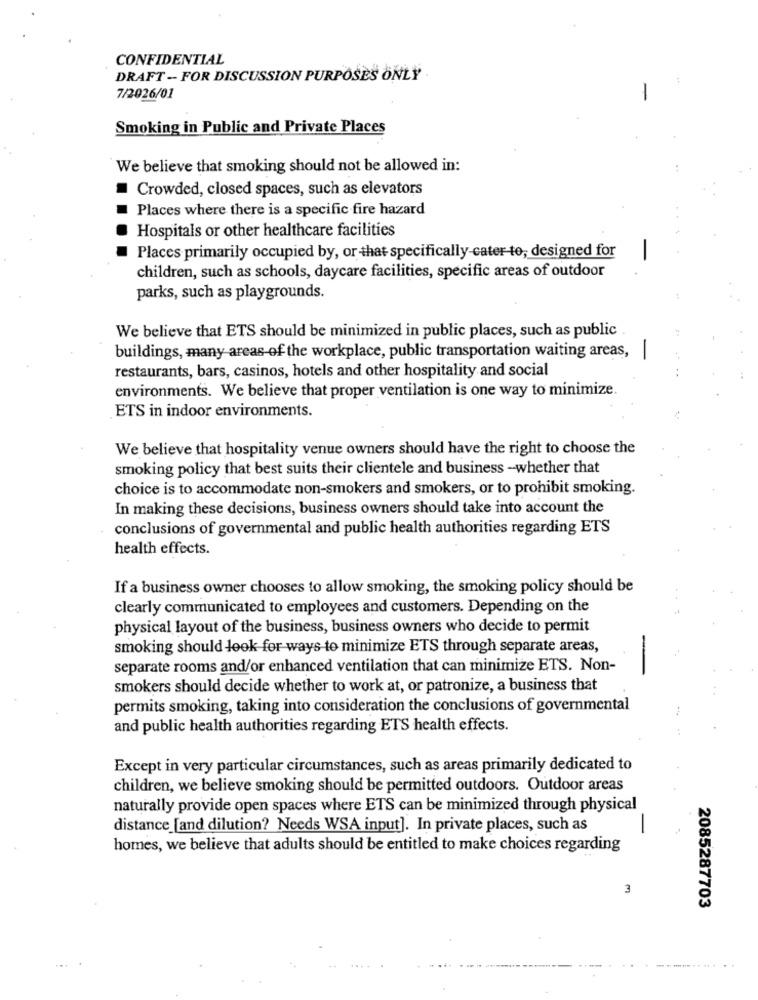
CONFIDENTIAL
DRAFT - FOR DISCUSSION PURPOSES ONLY
7/2026/01
Smoking in Public and Private Places
We believe that smoking should not be allowed in:
Crowded, closed spaces, such as elevators
Places where there is a specific fire hazard
Hospitals or other healthcare facilities
-
Places primarily occupied by, or that specifically-cater to, designed for
children, such as schools, daycare facilities, specific areas of outdoor
parks, such as playgrounds.
We believe that ETS should be minimized in public places, such as public
buildings, many areas of the workplace, public transportation waiting areas,|
restaurants, bars, casinos, hotels and other hospitality and social
environments. We believe that proper ventilation is one way to minimize.
ETS in indoor environments.
We believe that hospitality venue owners should have the right to choose the
smoking policy that best suits their clientele and business -whether that
choice is to accommodate non-smokers and smokers, or to prohibit smoking.
In making these decisions, business owners should take into account the
conclusions of governmental and public health authorities regarding ETS
health effects.
If a business owner chooses to allow smoking, the smoking policy should be
clearly communicated to employees and customers. Depending on the
physical layout of the business, business owners who decide to permit
smoking should look for ways to minimize ETS through separate areas,
-
separate rooms and/or enhanced ventilation that can minimize ETS. Non-
smokers should decide whether to work at, or patronize, a business that
permits smoking, taking into consideration the conclusions of governmental
and public health authorities regarding ETS health effects.
Except in very particular circumstances, such as areas primarily dedicated to
children, we believe smoking should be permitted outdoors. Outdoor areas
naturally provide open spaces where ETS can be minimized through physical
distance [and dilution? Needs WSA input]. In private places, such as
-
homes, we believe that adults should be entitled to make choices regarding
3
2085287703